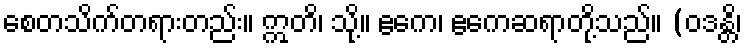
စေတသိက်တရားတည်း။ ဣတိ၊ သို့။ ဧကေ၊ ဧကေဆရာတို့သည်။ (ဝဒန္တိ၊